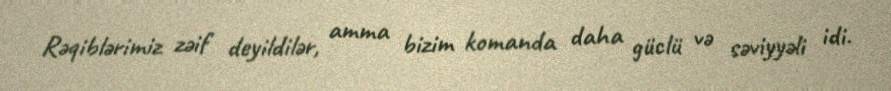
Rəqiblərimiz zəif deyildilər, amma bizim komanda daha güclü və səviyyəli idi.